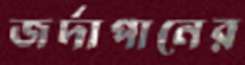
জর্দাপানের